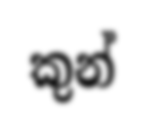
කුන්